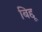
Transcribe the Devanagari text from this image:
बिद्दू